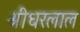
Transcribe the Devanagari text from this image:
श्रीधरलाल